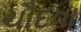
ચૌદવા